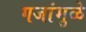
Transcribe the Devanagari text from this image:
गजांमुळे